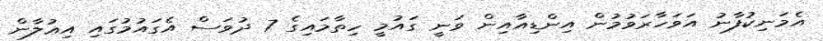
އެމަނިކުފާނު އަވަހާރަވުމުން އިންޑިއާއިން ވަނީ ގައުމީ ހިތާމައިގެ 7 ދުވަސް އެގައުމުގައި އިޢުލާން